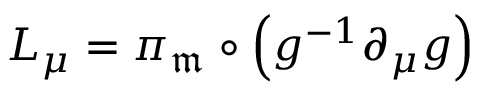
L _ { \mu } = \pi _ { \mathfrak { m } } \circ \left( g ^ { - 1 } \partial _ { \mu } g \right)